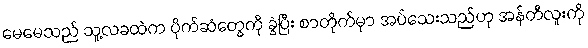
မေမေသည် သူ့လခထဲက ပိုက်ဆံတွေကို ခွဲပြီး စာတိုက်မှာ အပ်သေးသည်ဟု အန်တီလူးကို